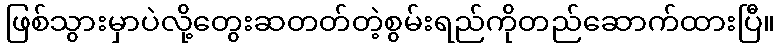
ဖြစ်သွားမှာပဲလို့တွေးဆတတ်တဲ့စွမ်းရည်ကိုတည်ဆောက်ထားပြီ။